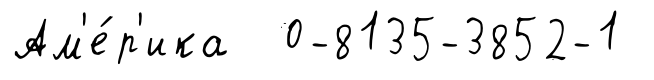
Ам'е́р'ика 0-8135-3852-1